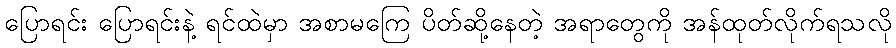
ပြောရင်း ပြောရင်းနဲ့ ရင်ထဲမှာ အစာမကြေ ပိတ်ဆို့နေတဲ့ အရာတွေကို အန်ထုတ်လိုက်ရသလို